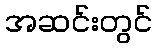
အဆင်းတွင်